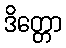
ဒိတ္တော